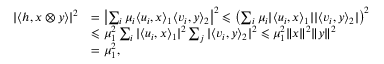
\begin{array} { r l } { | \langle h , x \otimes y \rangle | ^ { 2 } } & { = \left| \sum _ { i } \mu _ { i } \langle u _ { i } , x \rangle _ { 1 } \langle v _ { i } , y \rangle _ { 2 } \right| ^ { 2 } \leqslant \left( \sum _ { i } \mu _ { i } | \langle u _ { i } , x \rangle _ { 1 } | | \langle v _ { i } , y \rangle _ { 2 } | \right) ^ { 2 } } \\ & { \leqslant \mu _ { 1 } ^ { 2 } \sum _ { i } | \langle u _ { i } , x \rangle _ { 1 } | ^ { 2 } \sum _ { j } | \langle v _ { i } , y \rangle _ { 2 } | ^ { 2 } \leqslant \mu _ { 1 } ^ { 2 } \| x \| ^ { 2 } \| y \| ^ { 2 } } \\ & { = \mu _ { 1 } ^ { 2 } , } \end{array}